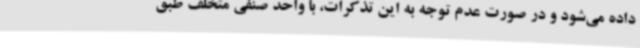
داده می‌شود و در صورت عدم توجه به این تذکرات، با واحد صنفی متخلف طبق